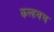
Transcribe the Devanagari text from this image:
कल्हवच